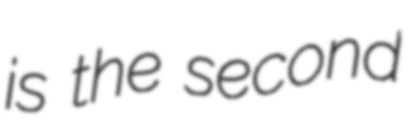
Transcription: is the second